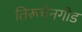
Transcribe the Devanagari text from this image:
तिरूचेनगोड